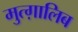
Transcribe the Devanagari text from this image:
मुत्ग़ालिब